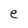
Character: e